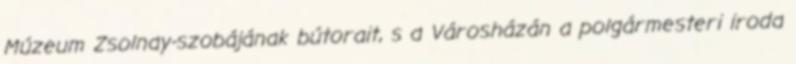
Múzeum Zsolnay-szobájának bútorait, s a Városházán a polgármesteri iroda